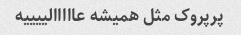
پرپروک مثل همیشه عااااالییییه